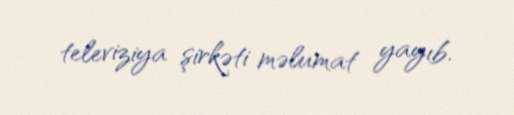
televiziya şirkəti məlumat yayıb.